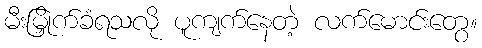
မီးမြှိုက်ခံရသလို ပူကျက်နေတဲ့ လက်မောင်းတွေ။